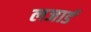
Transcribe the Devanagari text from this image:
लजार्ड